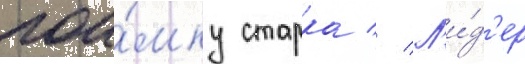
пои́мку старка // Л'и́д'ер